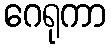
ဂေရုကာ